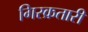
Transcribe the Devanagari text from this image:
गिरक्रतारी